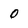
Character: O